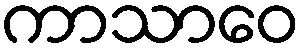
ကာသာဝေ